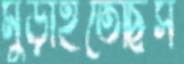
মুড়াইতেছিস